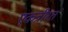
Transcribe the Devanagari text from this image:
एकत्रीरत